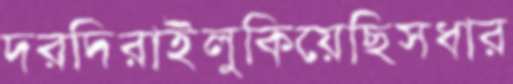
দরদিরাইলুকিয়েছিসধার